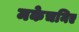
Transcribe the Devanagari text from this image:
मकेचनिए